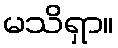
မသိရှာ။